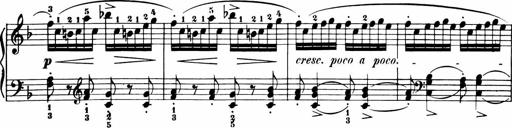
Title: 11 Sonatinas for Piano Solo
Composer: Anton Diabelli